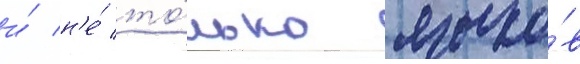
и́ н'е́ то́лько языко́в